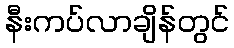
နီးကပ်လာချိန်တွင်